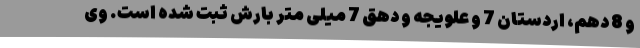
و 8 دهم، اردستان 7 و علویجه و دهق 7 میلی متر بارش ثبت شده است. وی